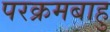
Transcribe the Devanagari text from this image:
परक्रमबाहु